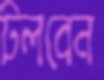
টলবেন